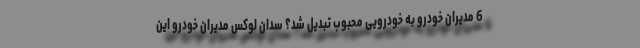
6 مدیران خودرو به خودرویی محبوب تبدیل شد؟ سدان لوکس مدیران خودرو این